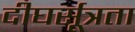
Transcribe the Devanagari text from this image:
दीघर्सूत्रता